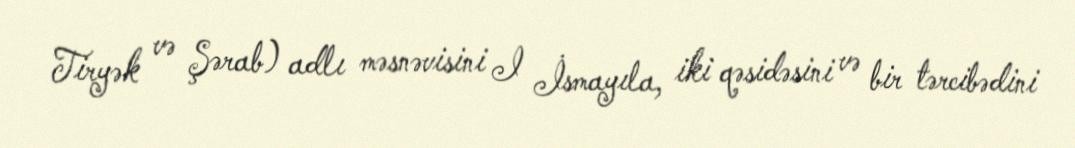
Tiryək və Şərab) adlı məsnəvisini I İsmayıla, iki qəsidəsini və bir tərcibədini